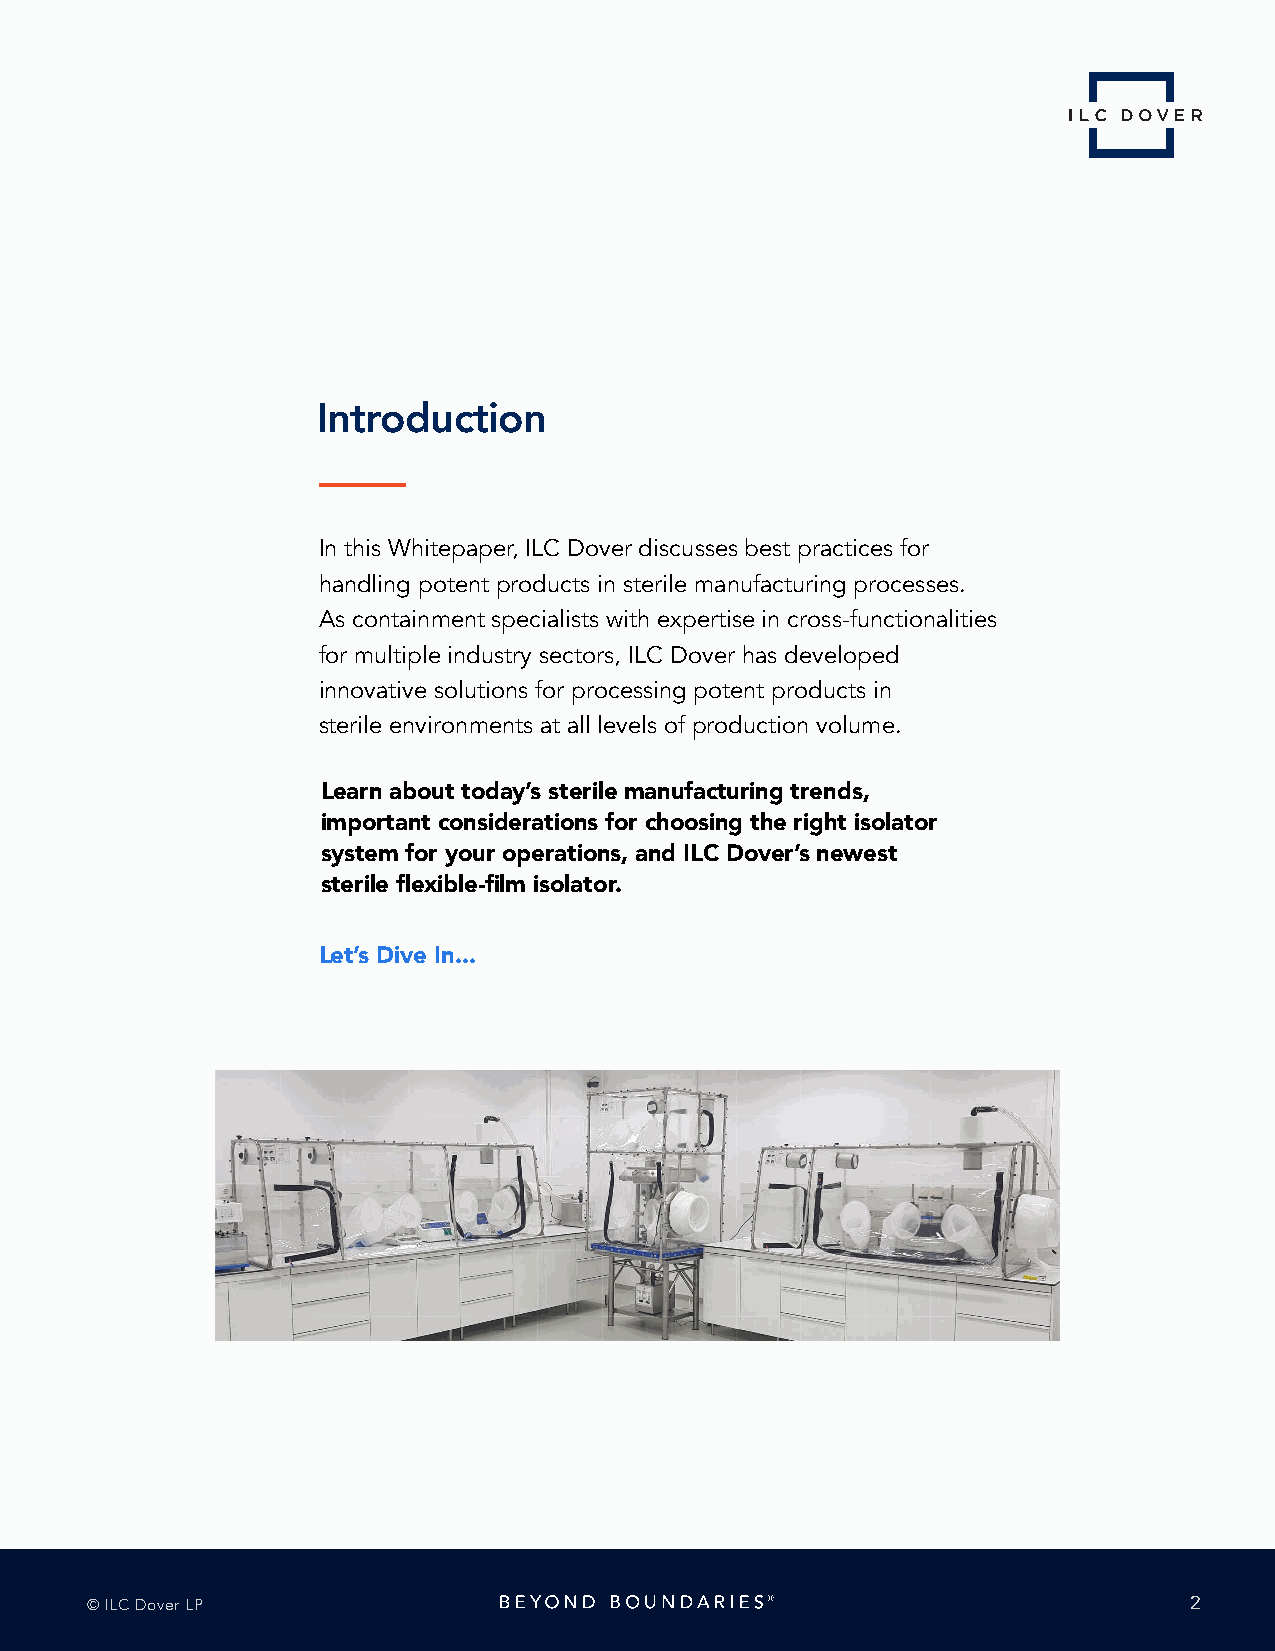
Introduction
 In this Whitepaper, ILC Dover discusses best practices for
 handling potent products in sterile manufacturing processes.
 As containment specialists with expertise in cross-functionalities
 for multiple industry sectors, ILC Dover has developed
 innovative solutions for processing potent products in
 sterile environments at all levels of production volume.
 Learn about today’s sterile manufacturing trends,
 important considerations for choosing the right isolator
 system for your operations, and ILC Dover’s newest
 sterile flexible-film isolator.
 Let’s Dive In...
 © ILC Dover LP                                                           2